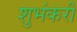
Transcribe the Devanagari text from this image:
शुभंकरी